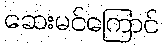
ဆေးမင်ကြောင်